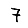
Digit: 7